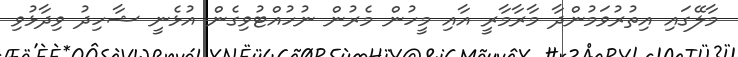
މާލޭގައި އިތުރުވަމުންދާ މާރާމާރީ އާއި މީހުން މެރުން ނުހުއްޓުވިގެން އުޅެނީ ޝާހިދު ވިދާޅުވި